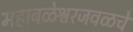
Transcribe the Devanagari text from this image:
महाबळेश्वरजवळचे